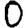
Digit: 0